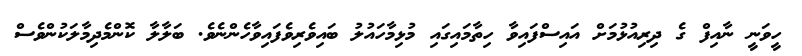
ހީވަނީ ނާއިފް ގެ ދިރިއުޅުމަށް އައިސްފައިވާ ހިތާމައިގައި މުޅިމާހައުލު ބައިވެރިވެފައިވާހެންނެވެ. ބަލާލާ ކޮންމެދިމާލަކުންވެސް